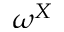
\omega ^ { X }